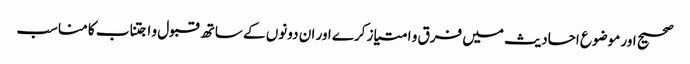
صحیح اور موضوع احادیث میں فرق و امتیاز کرے اور ان دونوں کے ساتھ قبول و اجتناب کا مناسب